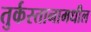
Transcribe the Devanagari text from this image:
तुर्कस्तानामधील